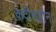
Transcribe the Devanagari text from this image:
क़दीरुद्दीन